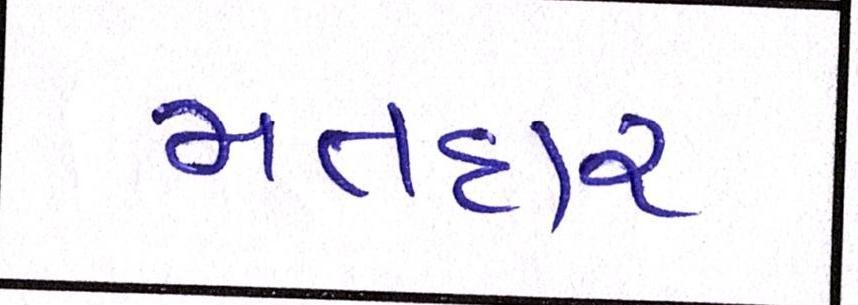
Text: મતદાર